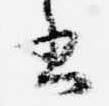
書